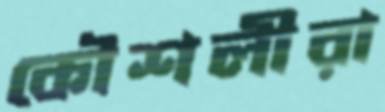
কৌশলীরা